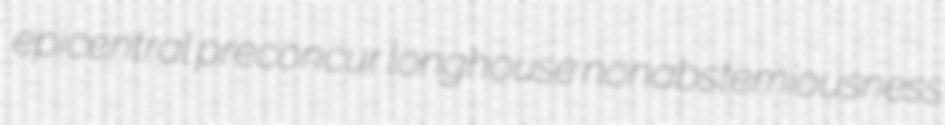
epicentral preconcur longhouse nonabstemiousness